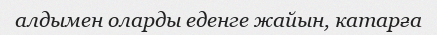
алдымен оларды еденге жайын, катарға